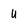
Character: U